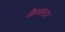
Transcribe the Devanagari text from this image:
गैन्गस्टा